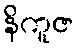
နိကူဇ